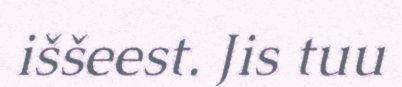
iššeest. Jis tuu